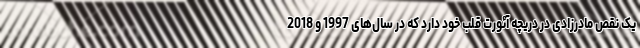
یک نقص مادرزادی در دریچه آئورت قلب خود دارد که در سال‌های 1997 و 2018